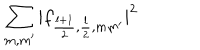
\sum _ { m , m ^ { \prime } } | f _ { \frac { l + 1 } { 2 } , \frac { l } { 2 } , m m ^ { \prime } } | ^ { 2 }